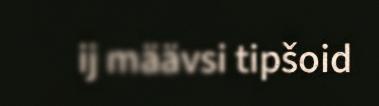
ij määvsi tipšoid